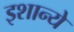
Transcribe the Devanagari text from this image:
इशान्ये